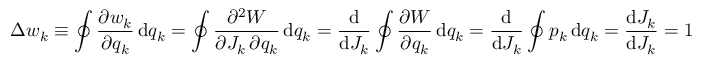
\Delta w _ { k } \equiv \oint { \frac { \partial w _ { k } } { \partial q _ { k } } } \, \mathrm { d } q _ { k } = \oint { \frac { \partial ^ { 2 } W } { \partial J _ { k } \, \partial q _ { k } } } \, \mathrm { d } q _ { k } = { \frac { \mathrm { d } } { \mathrm { d } J _ { k } } } \oint { \frac { \partial W } { \partial q _ { k } } } \, \mathrm { d } q _ { k } = { \frac { \mathrm { d } } { \mathrm { d } J _ { k } } } \oint p _ { k } \, \mathrm { d } q _ { k } = { \frac { \mathrm { d } J _ { k } } { \mathrm { d } J _ { k } } } = 1